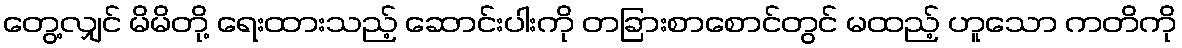
တွေ့လျှင် မိမိတို့ ရေးထားသည့် ဆောင်းပါးကို တခြားစာစောင်တွင် မထည့် ဟူသော ကတိကို